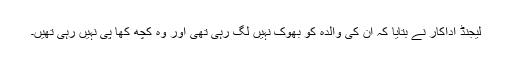
لیجنڈ اداکار نے بتایا کہ ان کی والدہ کو بھوک نہیں لگ رہی تھی اور وہ کچھ کھا پی نہیں رہی تھیں۔